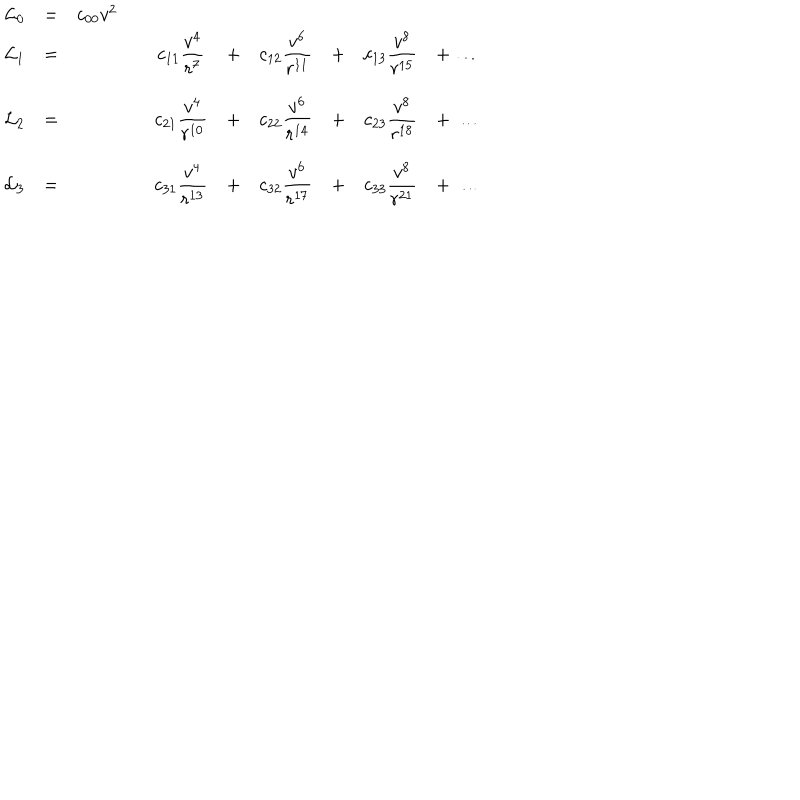
\begin{array} { c c c c c c c c c c } { { \displaystyle { \cal L } _ { 0 } } } & { { = } } & { { c _ { 0 0 } v ^ { 2 } } } & { { } } & { { } } & { { } } & { { } } & { { } } & { { } } & { { } } \\ { { { \cal L } _ { 1 } } } & { { = } } & { { } } & { { } } & { { \displaystyle c _ { 1 1 } \frac { v ^ { 4 } } { r ^ { 7 } } } } & { { + } } & { { \displaystyle c _ { 1 2 } \frac { v ^ { 6 } } { r ^ { 1 1 } } } } & { { + } } & { { \displaystyle c _ { 1 3 } \frac { v ^ { 8 } } { r ^ { 1 5 } } } } & { { + \ \ldots } } \\ { { { \cal L } _ { 2 } } } & { { = } } & { { } } & { { } } & { { \displaystyle c _ { 2 1 } \frac { v ^ { 4 } } { r ^ { 1 0 } } } } & { { + } } & { { \displaystyle c _ { 2 2 } \frac { v ^ { 6 } } { r ^ { 1 4 } } } } & { { + } } & { { c _ { 2 3 } \displaystyle \frac { v ^ { 8 } } { r ^ { 1 8 } } } } & { { + \ \ldots } } \\ { { { \cal L } _ { 3 } } } & { { = } } & { { } } & { { } } & { { c _ { 3 1 } \displaystyle \frac { v ^ { 4 } } { r ^ { 1 3 } } } } & { { + } } & { { c _ { 3 2 } \displaystyle \frac { v ^ { 6 } } { r ^ { 1 7 } } } } & { { + } } & { { c _ { 3 3 } \displaystyle \frac { v ^ { 8 } } { r ^ { 2 1 } } } } & { { + \ \ldots } } \\ \end{array}